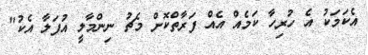
އެކަމަކު އެ ހުރިހާ ކަމެއް އެއް ފަރާތްކޮށް މެޗު ނިންމާލީ އުފަލާ އެކު"